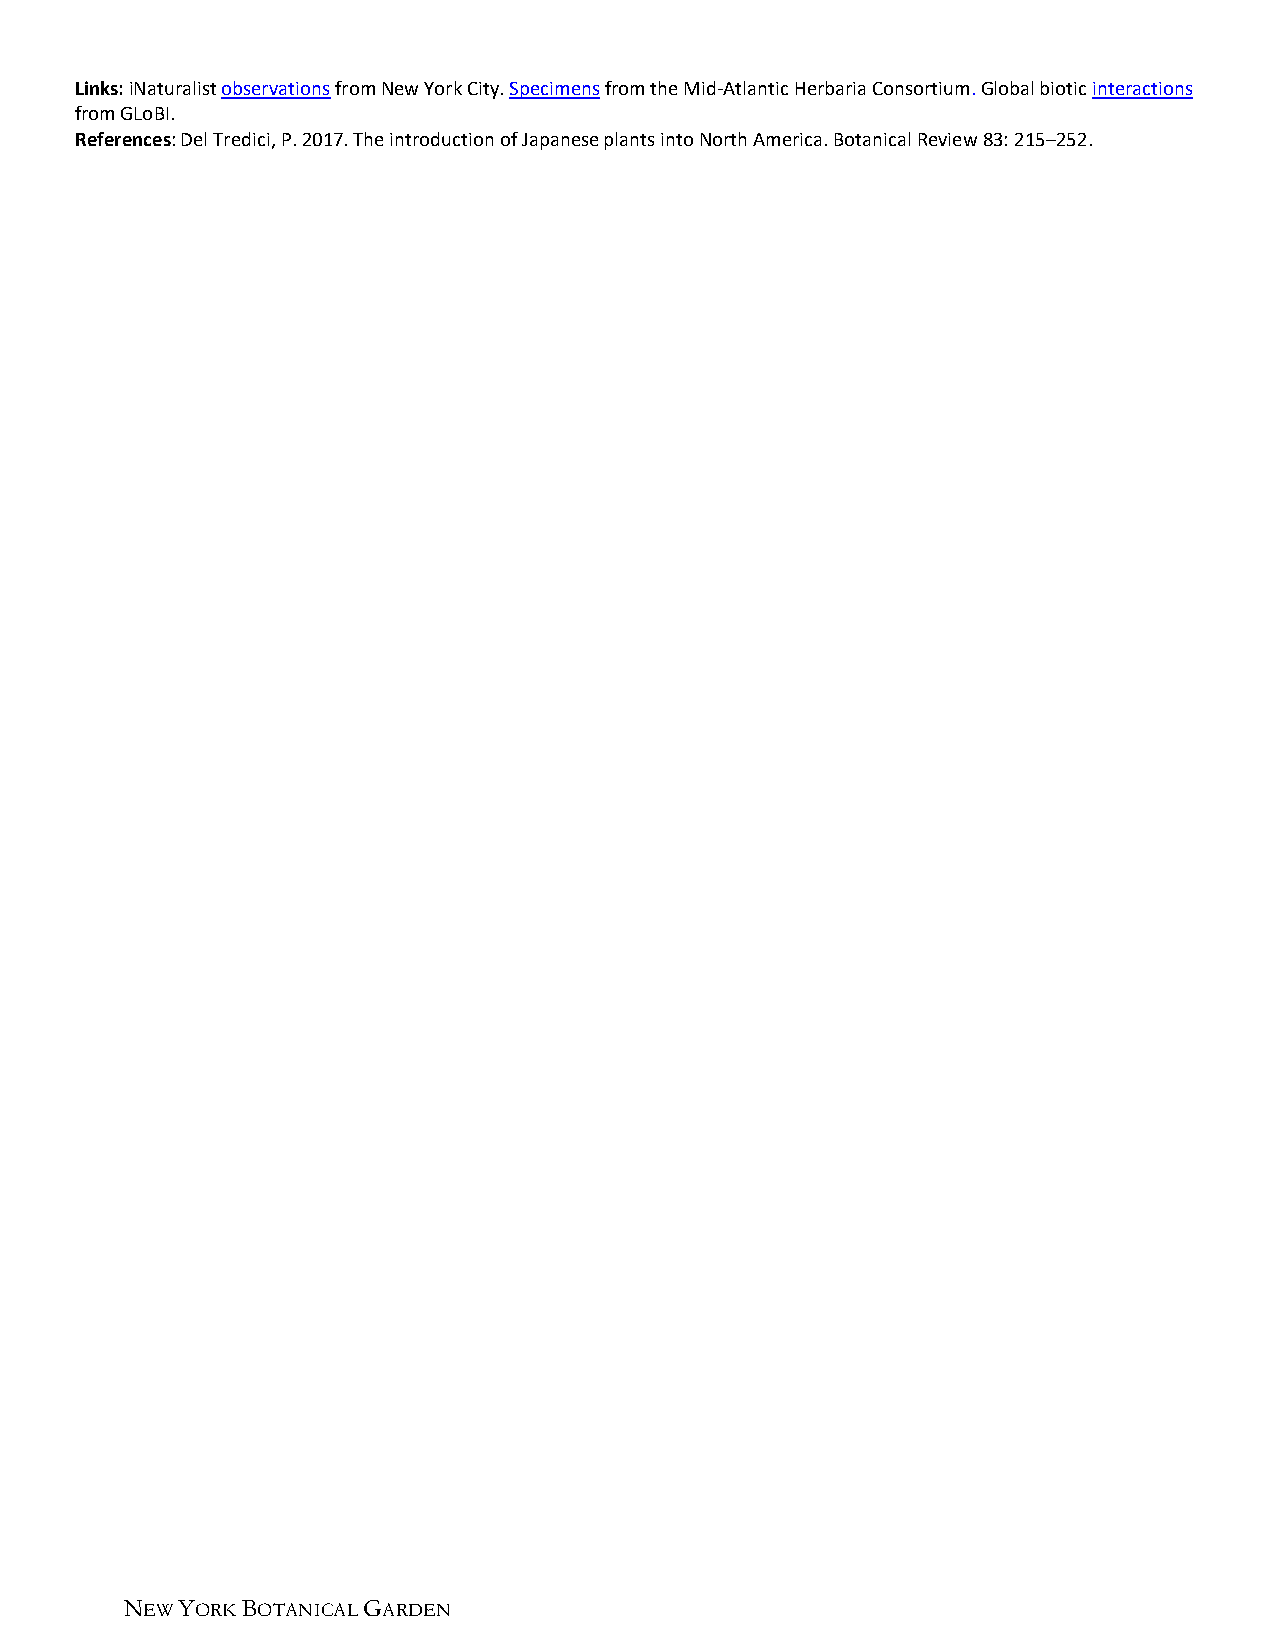
Links: iNaturalist observations from New York City. Specimens from the Mid-Atlantic Herbaria Consortium. Global biotic interactions
 from GLoBI.
 References: Del Tredici, P. 2017. The introduction of Japanese plants into North America. Botanical Review 83: 215–252.
 NEW YORK BOTANICAL GARDEN